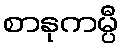
စာနုကမ္ပီ